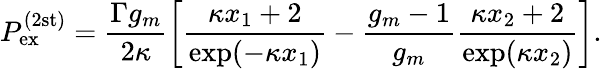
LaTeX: P_{\mathrm{ex}}^{(2\mathrm{st)}}=\frac{\Gamma g_{m}}{2\kappa}\biggl[\frac{\kappa x_{1}+2}{\exp(-\kappa x_{1})}-\frac{g_{m}-1}{g_{m}}\frac{\kappa x_{2}+2}{\exp(\kappa x_{2})}\biggr].